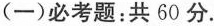
(一)必考题:共60分.